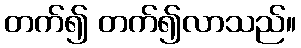
တက်၍ တက်၍လာသည်။